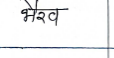
मजकूर: भैरव